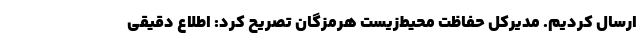
ارسال کردیم. مدیرکل حفاظت محیط‌زیست هرمزگان تصریح کرد: اطلاع دقیقی